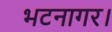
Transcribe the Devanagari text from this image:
भटनागर।